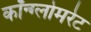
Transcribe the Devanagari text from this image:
कॉन्ग्लोमरेट